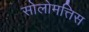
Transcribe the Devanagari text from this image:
सोलोमत्तिस